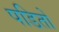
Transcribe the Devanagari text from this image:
पडितों